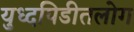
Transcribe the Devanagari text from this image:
युध्दपिडीतलोग